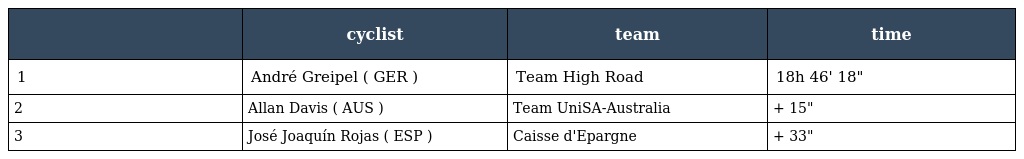
|  | cyclist | team | time |
 | --- | --- | --- | --- |
 | 1 | André Greipel ( GER ) | Team High Road | 18h 46' 18" |
 | 2 | Allan Davis ( AUS ) | Team UniSA-Australia | + 15" |
 | 3 | José Joaquín Rojas ( ESP ) | Caisse d'Epargne | + 33" |